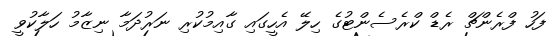
ފަހު ފްރެންޗް ރެޑް ކްރެސެންޓުގެ ހިލޭ އެހީގައި ގާއިމުކުރި ނަރުދަމާ ނިޒާމު ހަލާކުވީ